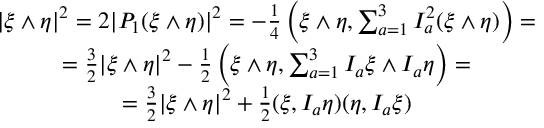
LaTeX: \begin{array} { c } { { | \xi \wedge \eta | ^ { 2 } = 2 | P _ { 1 } ( \xi \wedge \eta ) | ^ { 2 } = - { \frac { 1 } { 4 } } \left( \xi \wedge \eta , \sum _ { a = 1 } ^ { 3 } I _ { a } ^ { 2 } ( \xi \wedge \eta ) \right) = } } \\ { { = { \frac { 3 } { 2 } } | \xi \wedge \eta | ^ { 2 } - { \frac { 1 } { 2 } } \left( \xi \wedge \eta , \sum _ { a = 1 } ^ { 3 } I _ { a } \xi \wedge I _ { a } \eta \right) = } } \\ { { = { \frac { 3 } { 2 } } | \xi \wedge \eta | ^ { 2 } + { \frac { 1 } { 2 } } ( \xi , I _ { a } \eta ) ( \eta , I _ { a } \xi ) } } \end{array}